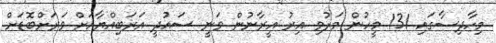
މިހާދިސާގައި 131 މީހުން މަރުވި އިރު އީރާނުން ވަނީ ސައުދީ އަރަބިއްޔާއަށް ވަރަށްބޮޑަށް